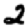
Digit: 2